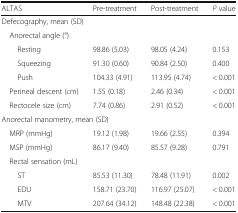
<table><thead><tr><td><b>ALTAS</b></td><td><b>Pre-treatment</b></td><td><b>Post-treatment</b></td><td><b><i>P</i> value</b></td></tr></thead><tbody><tr><td colspan="4">Defecography, mean (SD)</td></tr><tr><td colspan="4"> Anorectal angle (°)</td></tr><tr><td>Resting</td><td>98.86 (5.03)</td><td>98.05 (4.24)</td><td>0.153</td></tr><tr><td>Squeezing</td><td>91.30 (0.60)</td><td>90.84 (2.50)</td><td>0.400</td></tr><tr><td>Push</td><td>104.33 (4.91)</td><td>113.95 (4.74)</td><td>&lt; 0.001</td></tr><tr><td> Perineal descent (cm)</td><td>1.55 (0.18)</td><td>2.46 (0.34)</td><td>&lt; 0.001</td></tr><tr><td> Rectocele size (cm)</td><td>7.74 (0.86)</td><td>2.91 (0.52)</td><td>&lt; 0.001</td></tr><tr><td colspan="4">Anorectal manometry, mean (SD)</td></tr><tr><td> MRP (mmHg)</td><td>19.12 (1.98)</td><td>19.66 (2.55)</td><td>0.394</td></tr><tr><td> MSP (mmHg)</td><td>86.17 (9.40)</td><td>85.57 (9.28)</td><td>0.791</td></tr><tr><td colspan="4"> Rectal sensation (mL)</td></tr><tr><td>ST</td><td>85.53 (11.30)</td><td>78.48 (11.91)</td><td>0.002</td></tr><tr><td>EDU</td><td>158.71 (23.70)</td><td>116.97 (25.07)</td><td>&lt; 0.001</td></tr><tr><td>MTV</td><td>207.64 (34.12)</td><td>148.48 (22.38)</td><td>&lt; 0.001</td></tr></tbody></table>